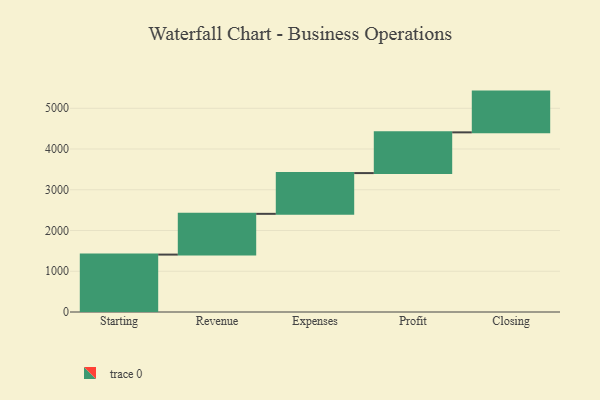
{"axis": {"x": "Step", "y": "Value"}, "legend": [""], "data": [{"x": "Starting", "y": 1409.0, "type": ""}, {"x": "Revenue", "y": 1000, "type": ""}, {"x": "Expenses", "y": 1000, "type": ""}, {"x": "Profit", "y": 1000, "type": ""}, {"x": "Closing", "y": 1000, "type": ""}]}